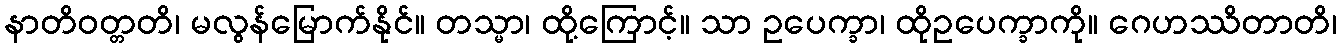
နာတိဝတ္တတိ၊ မလွန်မြောက်နိုင်။ တသ္မာ၊ ထို့ကြောင့်။ သာ ဥပေက္ခာ၊ ထိုဥပေက္ခာကို။ ဂေဟဿိတာတိ၊